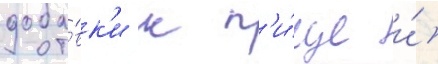
доба́вк'и к п'и́ще и́